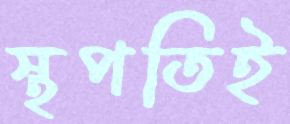
স্থপতিই